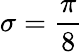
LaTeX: \sigma=\frac{\pi}{8}